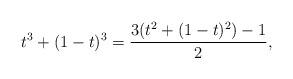
LaTeX: \begin{align*}t^3 + (1-t)^3 = \frac{3(t^2+(1-t)^2) - 1}{2},\end{align*}